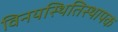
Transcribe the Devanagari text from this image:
विनयस्थितिस्थापक